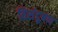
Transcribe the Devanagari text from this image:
विसंदूषण